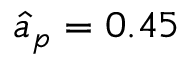
\hat { a } _ { p } = 0 . 4 5